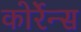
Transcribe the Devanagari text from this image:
कोर्रेन्स